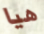
هيا